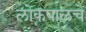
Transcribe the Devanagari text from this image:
लोकपालचे